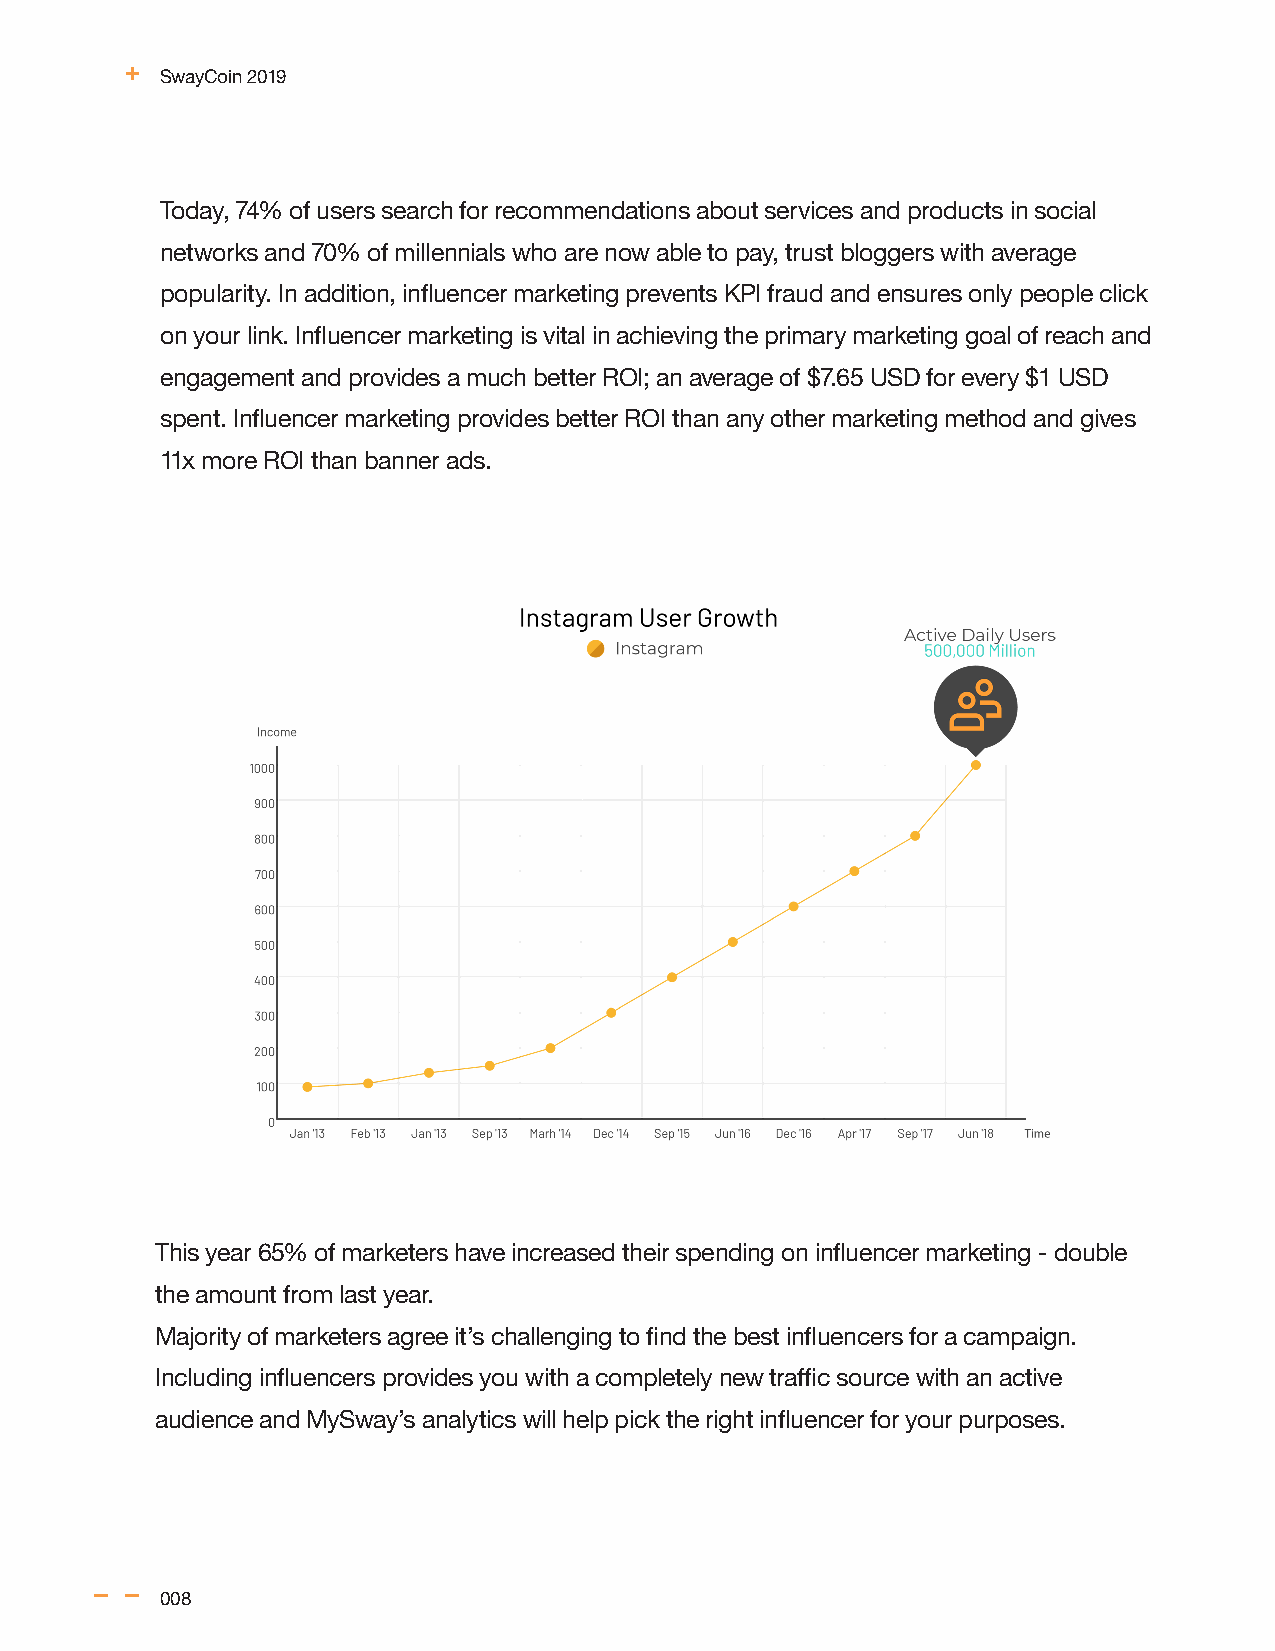
SwayCoin 2019
 Today, 74% of users search for recommendations about services and products in social
 networks and 70% of millennials who are now able to pay, trust bloggers with average
 popularity. In addition, influencer marketing prevents KPI fraud and ensures only people click
 on your link. Influencer marketing is vital in achieving the primary marketing goal of reach and
 engagement and provides a much better ROI; an average of $7.65 USD for every $1 USD
 spent. Influencer marketing provides better ROI than any other marketing method and gives
 11x more ROI than banner ads.
 This year 65% of marketers have increased their spending on influencer marketing - double
 the amount from last year.
 Majority of marketers agree it’s challenging to find the best influencers for a campaign.
 Including influencers provides you with a completely new traffic source with an active
 audience and MySway’s analytics will help pick the right influencer for your purposes.
 008